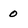
Character: O